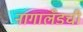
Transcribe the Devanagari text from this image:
नागालँडची